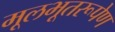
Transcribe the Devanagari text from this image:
मूलभूतरूपेण